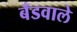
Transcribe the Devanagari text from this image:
बँडवाले